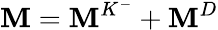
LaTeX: \mathbf{M}=\mathbf{M}^{K^{-}}+\mathbf{M}^{D}